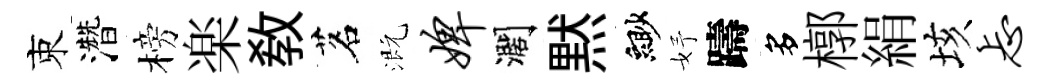
束濳榜楽教茗溉婢濶黙緲妤躊多槨絹垓忐